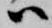
ハ